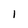
Character: 1